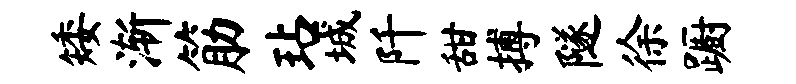
矮渐筋玷城阡甜搏隧徐蹰